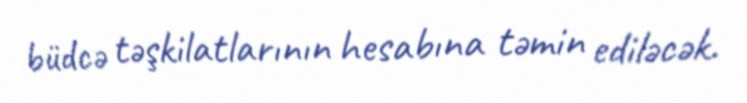
büdcə təşkilatlarının hesabına təmin ediləcək.